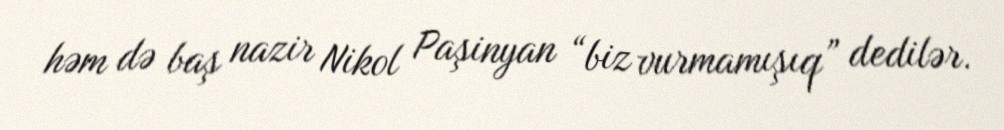
həm də baş nazir Nikol Paşinyan “biz vurmamışıq” dedilər.